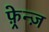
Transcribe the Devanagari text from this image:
फ़्रेन्ज़